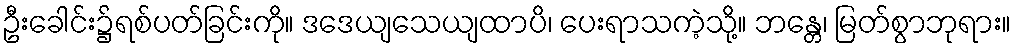
ဦးခေါင်း၌ရစ်ပတ်ခြင်းကို။ ဒဒေယျသေယျထာပိ၊ ပေးရာသကဲ့သို့။ ဘန္တေ၊ မြတ်စွာဘုရား။